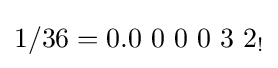
1/36=0.0\ 0\ 0\ 0\ 3\ 2_{!}